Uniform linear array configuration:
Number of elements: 24
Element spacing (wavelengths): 0.75
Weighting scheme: hamming
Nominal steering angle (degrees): -30
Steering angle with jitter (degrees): -29.806
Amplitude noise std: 0.05
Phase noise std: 0.05

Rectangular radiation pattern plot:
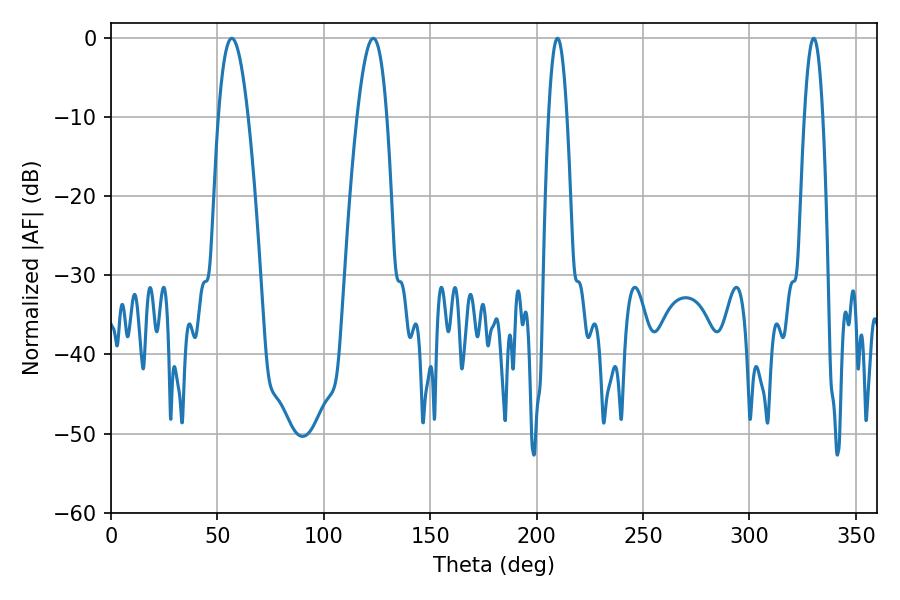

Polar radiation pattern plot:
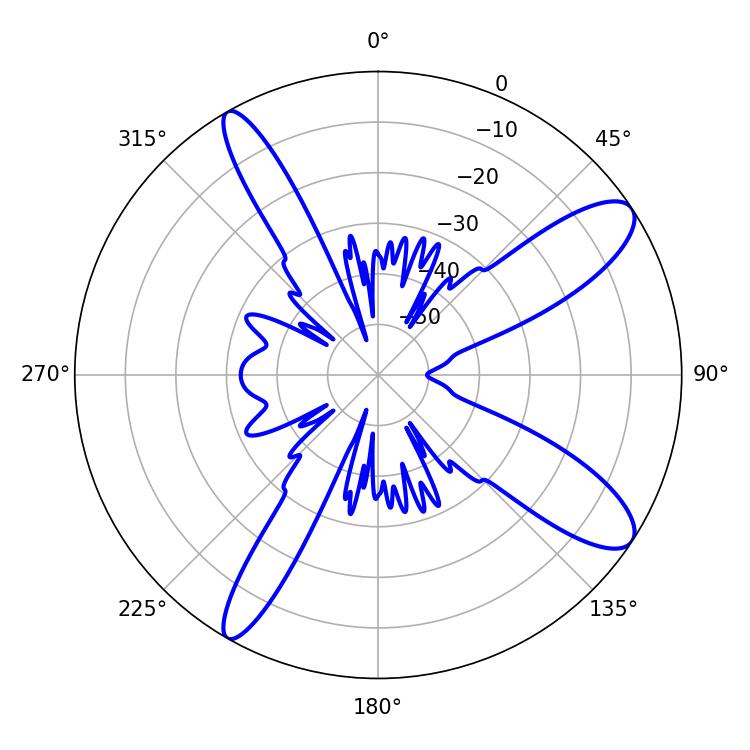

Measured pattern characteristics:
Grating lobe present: TRUE
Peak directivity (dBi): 11.184
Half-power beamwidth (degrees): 7.74
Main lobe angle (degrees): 56.7